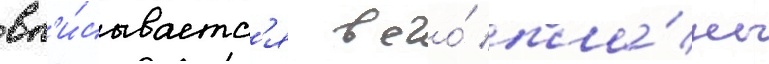
вп'и́сываетс'я в его́ пла́ны